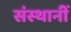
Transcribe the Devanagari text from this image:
संस्थानीं